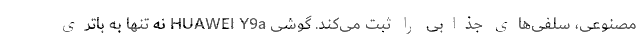
مصنوعی، سلفی‌های جذابی را ثبت می‌کند. گوشی HUAWEI Y9a نه تنها به باتری